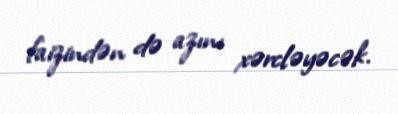
faizindən də azını xərcləyəcək.